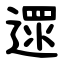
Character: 遝